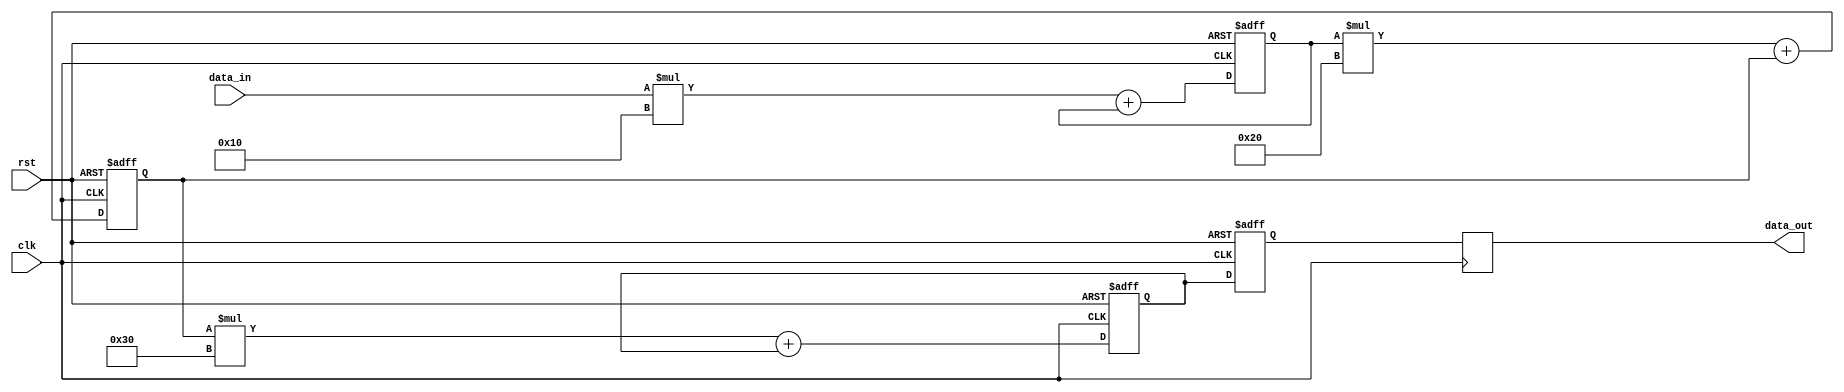
module iir_filter_accumulator(
  input wire clk,
  input wire rst,
  input wire [7:0] data_in,
  output reg [15:0] data_out
);

reg [15:0] acc;
reg [15:0] stage1_out;
reg [15:0] stage2_out;
reg [15:0] stage3_out;

parameter coeff1 = 8'h10; // Example filter coefficients
parameter coeff2 = 8'h20;
parameter coeff3 = 8'h30;

always @(posedge clk or posedge rst) begin
  if (rst) begin
    acc <= 16'b0;
    stage1_out <= 16'b0;
    stage2_out <= 16'b0;
    stage3_out <= 16'b0;
  end else begin
    stage1_out <= (data_in * coeff1) + stage1_out;
    stage2_out <= (stage1_out * coeff2) + stage2_out;
    stage3_out <= (stage2_out * coeff3) + stage3_out;
    acc <= stage3_out;
  end
end

always @(posedge clk) begin
  data_out <= acc; // Output the accumulator value
end

endmodule